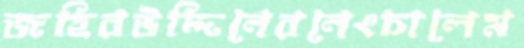
জহিরউদ্দিনেরনেংচালেম